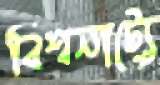
বিশ্বনাট্যে